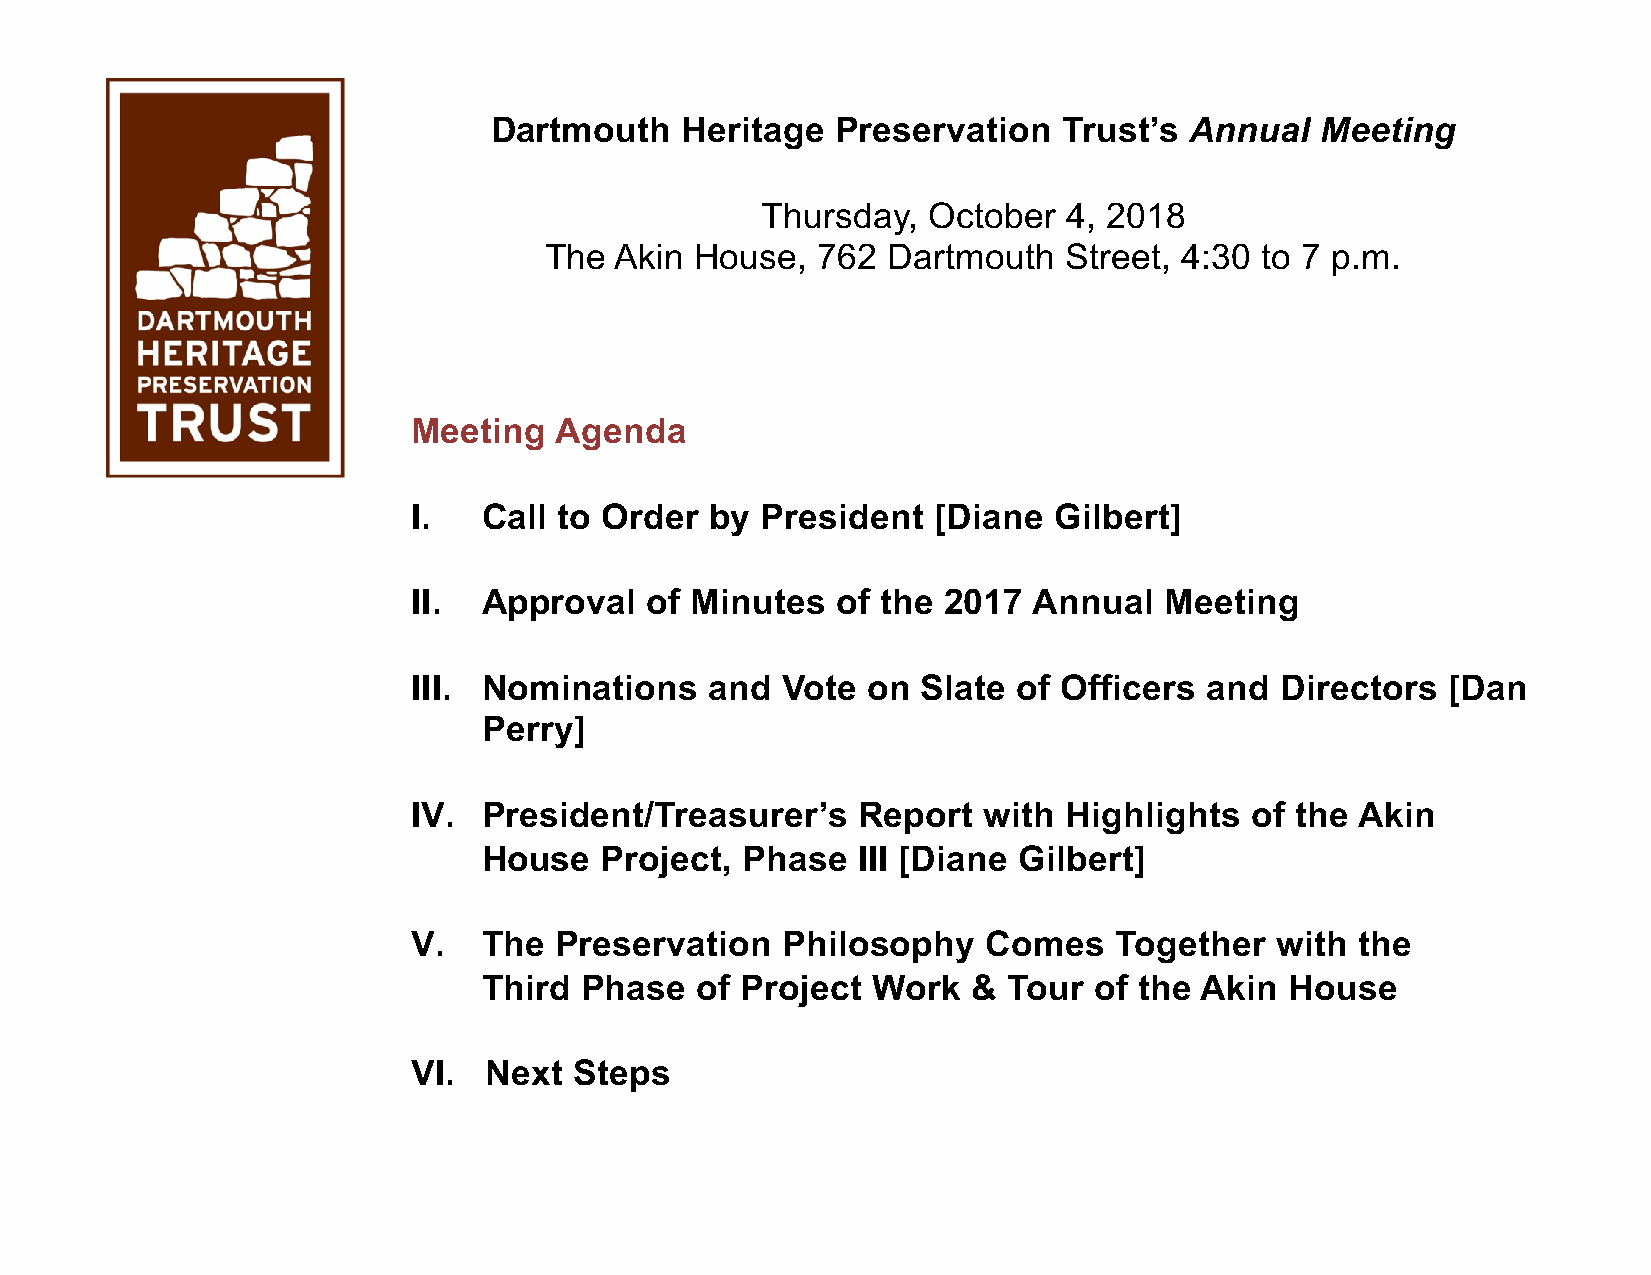
Dartmouth    Heritage  Preservation   Trust’s  Annual  Meeting
 Thursday,  October   4, 2018
 The  Akin House,  762  Dartmouth   Street, 4:30 to 7 p.m.
 Meeting   Agenda
 I.   Call to Order  by President   [Diane  Gilbert]
 II.  Approval   of Minutes  of the  2017 Annual   Meeting
 III. Nominations    and  Vote on  Slate of Officers  and  Directors  [Dan
 Perry]
 IV.  President/Treasurer’s    Report  with  Highlights  of the Akin
 House   Project, Phase   III [Diane Gilbert]
 V.   The  Preservation   Philosophy   Comes    Together  with  the
 Third Phase   of Project  Work  &  Tour of the Akin  House
 VI.  Next  Steps